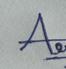
Signature authenticity: genuine